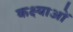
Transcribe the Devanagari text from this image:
कक्ष्याओं